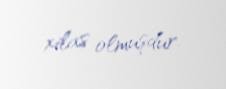
xilas olmuşdur.